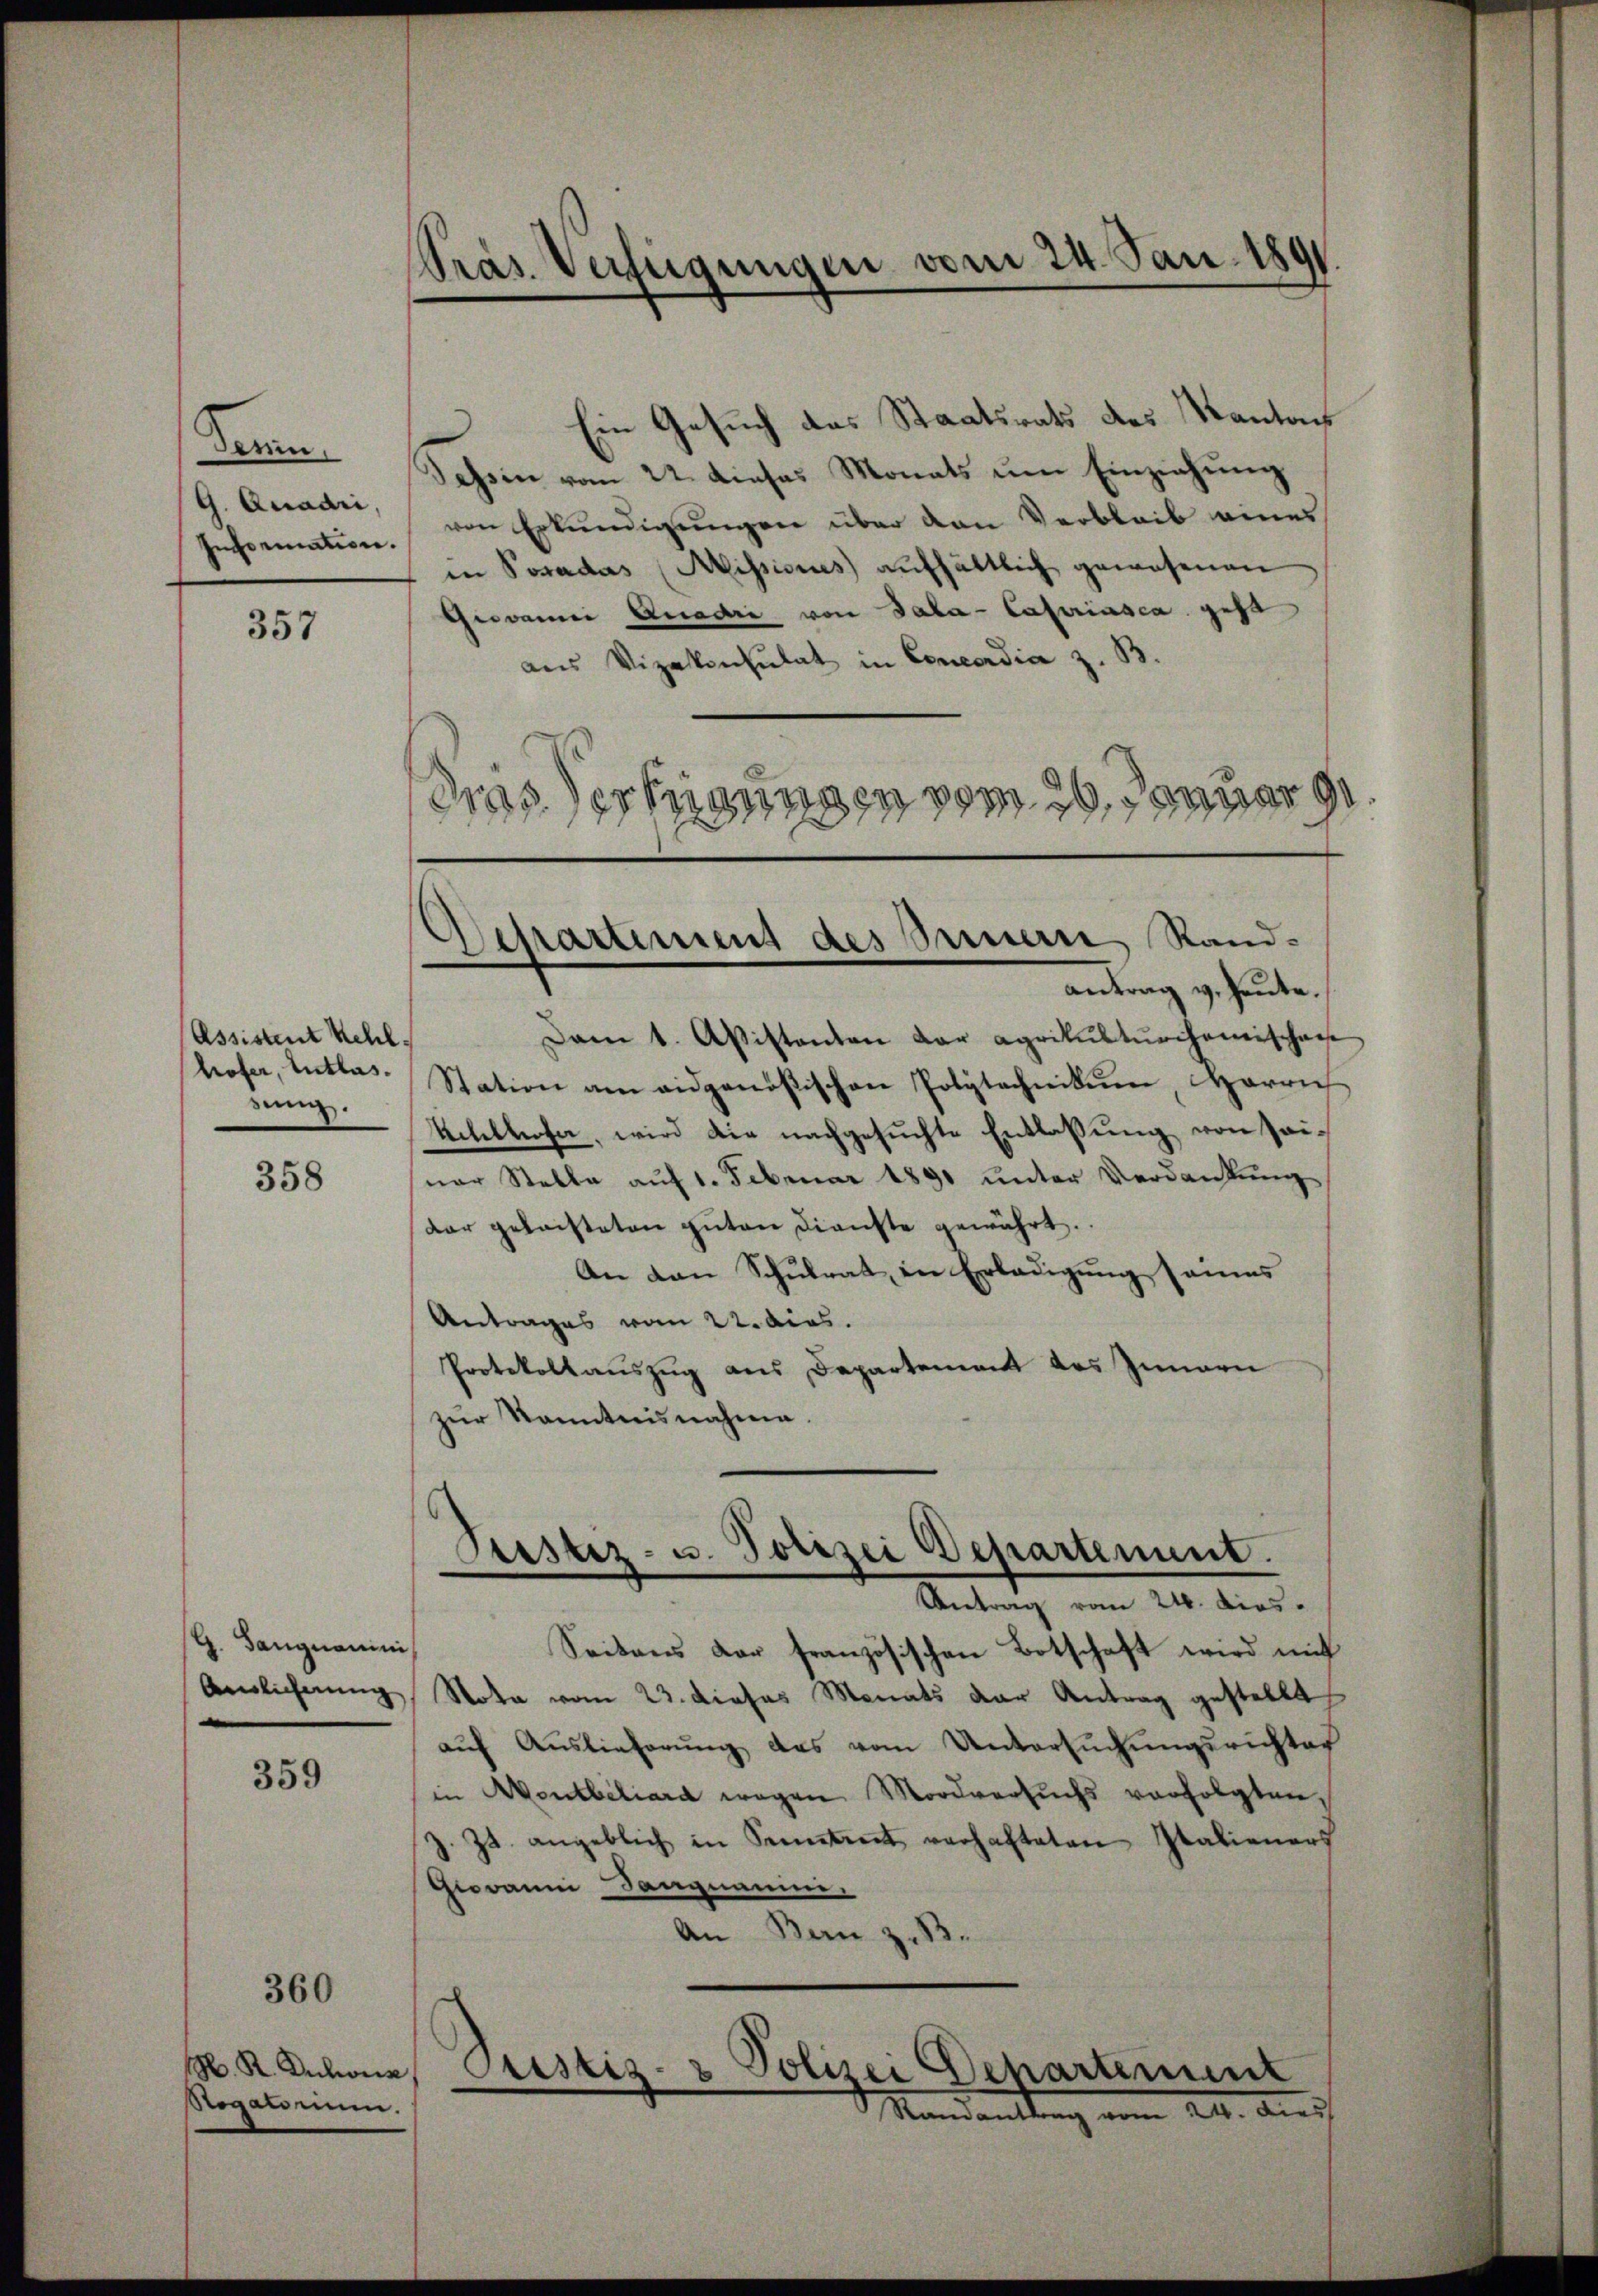
Derin
Information.

357

Assistent Mehl,
sung.

358

G. Sangnamini

359

360

Rogatorium.

Präs. Verfügungen vom 24. Jan. 1891

Dam 1. Apistanten der agrikulturchanischei
troser, tutta Station am eidgenößischen Polytechnikum, Herrn
Uetellesa, wird die nachgesuchte Entlassung von seinar Stelle auf 1. Februar 1891 unter Verdankung
dar geleisteten gŭten Dienste gewährt.
An den Schulrat in Erladigung seines
Antrages vom 22. dies
Protokollauszug aus Departement des Innern
zŭr Kenntnisnahme.

Tessin vom 22. Dieses Monats um Einziehung
G. Araar von Erkundigungen über den Verbleib eines
in Posadas Missiones aufhältlich gewesenen
Giovanni Quadri von Sala-Castriasca gesa
aus Vizekonsulat in Concordia z. B.
Gras erfügungen vom 20. Januar 91.

Departement des Innern Randantrag v. Heute.

Sistiz- u. Polizei Departement.
Antrag vom 24. Dies

Seitens der französischen Botschaft wird mit
Anslicherŭng Nota vom 23. dieses Monats der Antrag gestellt,
aŭf Aŭslieferŭng das vom Untersŭchŭngsrichter
in Montbiliard wegen Mordversuchs verfolgten,
Z. Js. angeblich in Semetent verhalteten Italieners
Girain Sangnamini
An Bern z. B.
N. K. Achen Pustiz- & Polizei Dehartement
Mandanklang vom 24. Auch

Ein Gesuch das Staatsrats des Kanton